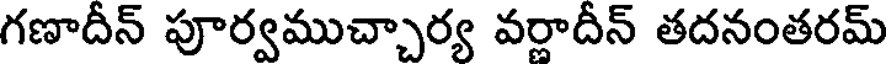
గణాదీన్ పూర్వముచ్చార్య వర్ణాదీన్ తదనంతరమ్